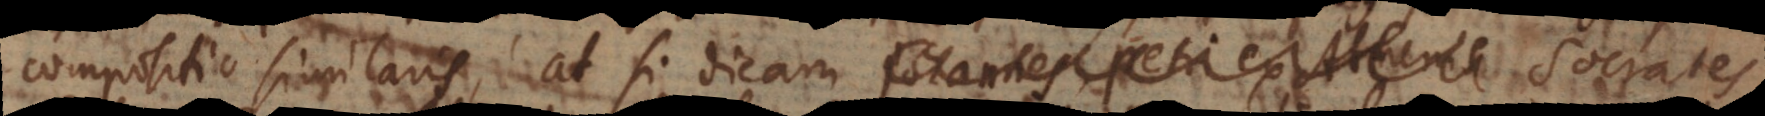
compositio similaris; at si dicam Johannes, Petri ex Athenis